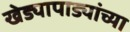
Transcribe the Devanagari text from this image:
खेड्यापाड्यांच्या